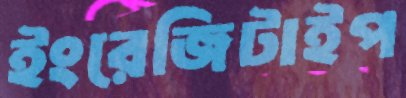
ইংরেজিটাইপ